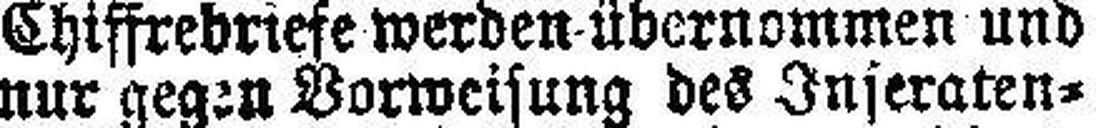
nur gegen Vorweisung des Inseraten¬